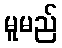
မူမည်